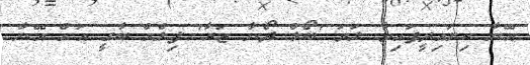
އޭނާ ކިޔައިދީފައިވާ ލަވަ 'ބޯލް ދޯނާ ޒަރާ' ފިލްމް ބާގީ އަށް އޭނާ